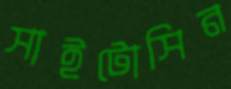
সাইটোসিন